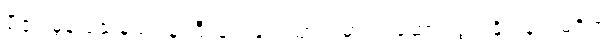
မီဇူး မွန်ပြည်နယ်ဝန်ကြီးချုပ်နှင့် သွားရမှာလဲ ဆောင်ရွက်နိုင်ခြင်းမရှိဘဲ